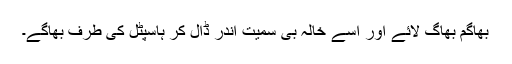
بھاگم بھاگ لائے اور اسے خالہ بی سمیت اندر ڈال کر ہاسپٹل کی طرف بھاگے۔